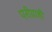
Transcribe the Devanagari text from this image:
परीग्राही